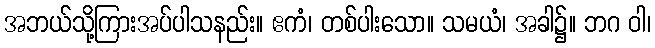
အဘယ်သို့ကြားအပ်ပါသနည်း။ ဧကံ၊ တစ်ပါးသော။ သမယံ၊ အခါ၌။ ဘဂ ဝါ၊